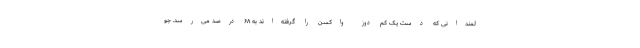
لمندانی که دست یک کم دوز واکسن را گرفته‌اند به ۶۸ درصد می‌رسد. جو